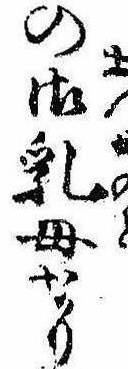
の御乳母なり